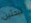
تبحثين